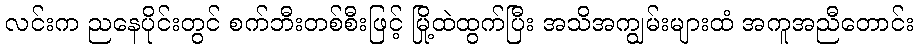
လင်းက ညနေပိုင်းတွင် စက်ဘီးတစ်စီးဖြင့် မြို့ထဲထွက်ပြီး အသိအကျွမ်းများထံ အကူအညီတောင်း